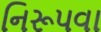
નિરૂપવા